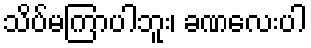
သိပ်မကြာပါဘူး၊ ခဏလေးပါ